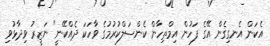
އެކަން އެނގިގެން އޭގެ ފަހުން އިމްތިހާން ކެންސަލްކުރުމުގެ ވާހަކަ ދެއްކޭނީ" ނަޒީރު ވިދާޅުވި